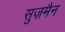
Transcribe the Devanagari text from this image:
सुज़मैन